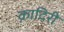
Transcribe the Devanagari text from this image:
क़ादिरी